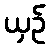
ယှဉ်